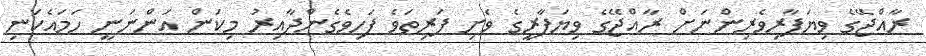
ރާއްޖޭގެ ވިޔަފާރިވެރިންނަށް ރާއްޖޭގެ ވިޔަފާރީގެ ވެށި ފަރިތަވެ ފަހިވެގެންދާއިރު މިކަން އަންނަނީ ހަމައެކަނި